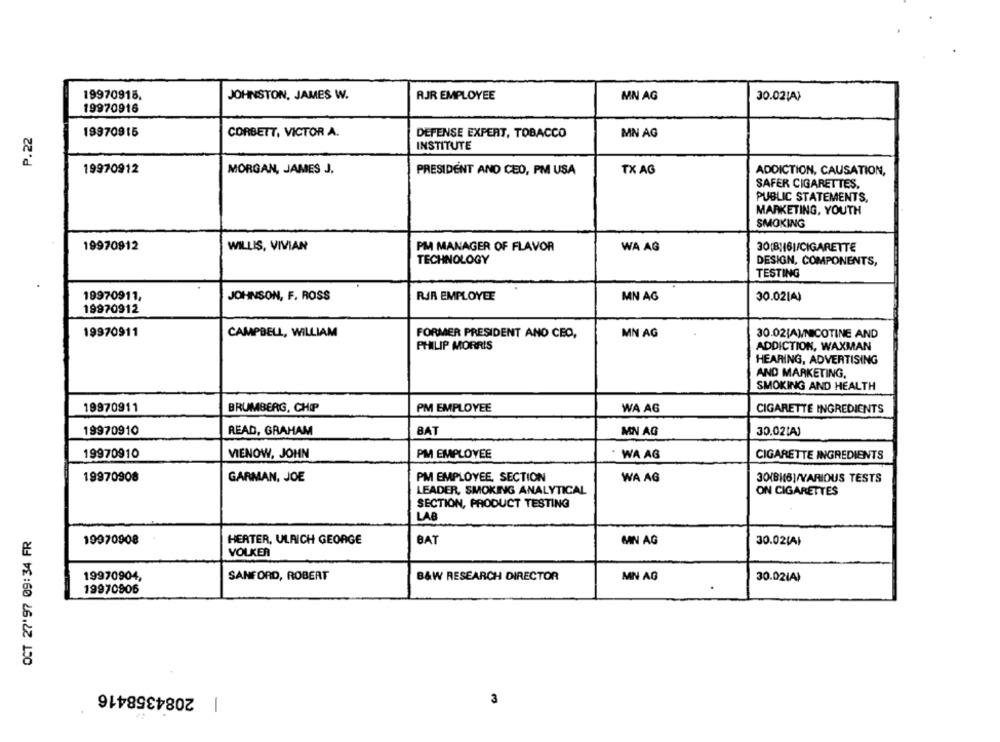
19970915.
JOHNSTON, JAMES W.
RJR EMPLOYEE
MN AG
30.02!A)
19970916
P.22
19970915
CORBETT, VICTOR A.
DEFENSE EXPERT, TOBACCO
MN AG
INSTITUTE
19970912
MORGAN, JAMES J.
PRESIDENT AND CEO, PM USA
TX AG
ADDICTION, CAUSATION,
SAFER CIGARETTES,
PUBLIC STATEMENTS,
MARKETING, YOUTH
SMOKING
19970912
WILLIS, VIVIAN
PM MANAGER OF FLAVOR
WA AG
30(B)16|/CIGARETTE
TECHNOLOGY
DESIGN, COMPONENTS,
TESTING
19970911,
JOHNSON, F. ROSS
RJR EMPLOYEE
MN AG
30.0214)
19970912
19970911
CAMPBELL, WILLIAM
MN AG
30.02[A]/NICOTINE AND
FORMER PRESIDENT AND CEO,
PHILIP MORRIS
ADDICTION, WAXMAN
HEARING, ADVERTISING
AND MARKETING,
SMOKING AND HEALTH
19970911
BRUMBERG, CHIP
PM EMPLOYEE
WA AG
CIGARETTE INGREDIENTS
19970910
READ, GRAHAM
BAT
MN AG
30.02[A)
19970910
VIENOW, JOHN
PM EMPLOYEE
WA AG
CIGARETTE INGREDIENTS
19970908
GARMAN, JOE
PM EMPLOYEE, SECTION
WA AG
30/B)(6)/VARIOUS TESTS
LEADER, SMOKING ANALYTICAL
ON CIGARETTES
SECTION, PRODUCT TESTING
LAB
OCT 27'97 09:34 FR
19970908
HERTER, ULRICH GEORGE
BAT
MIN AG
30.021A)
VOLKER
19970904,
SANFORD, ROBERT
B&W RESEARCH DIRECTOR
MN AG
30.021A)
19970906
| 2084358416